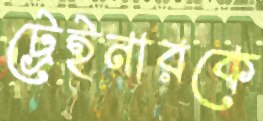
ট্রেইনারকে